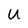
Character: U